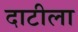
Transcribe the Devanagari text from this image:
दाटीला